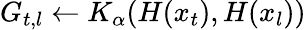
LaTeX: G_{t,l}\gets K_{\alpha}(H(x_{t}),H(x_{l}))